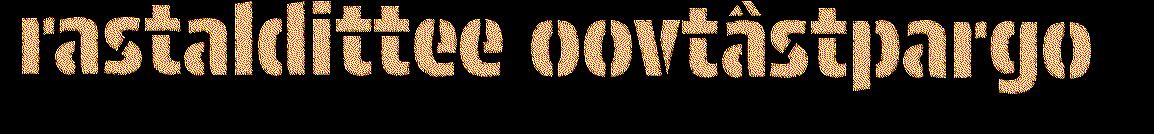
rastaldittee oovtâstpargo